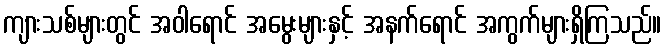
ကျားသစ်များတွင် အဝါရောင် အမွေးများနှင့် အနက်ရောင် အကွက်များရှိကြသည်။